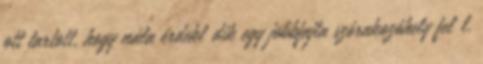
ott tartott, hogy nála érdeklıdik egy jobbfajta szórakozóhely felıl.